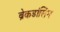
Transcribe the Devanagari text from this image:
ब्रेकडांसिंग